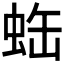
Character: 𧊦